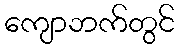
ကျောဘက်တွင်